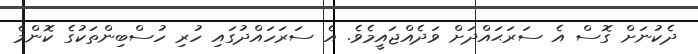
ދެކުނަށް ގޮސް އެ ސަރަޙައްދަށް ވަދެއްޖައީމެވެ. އެ ސަރަހައްދުގައި ހުރި ހުސްބިންތަކުގެ ކޮންމެ